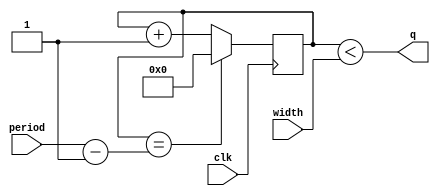
module pwm
  #(
      parameter MAX_WIDTH_BITDEPTH = 32
  )
  (
    input clk,
    input [MAX_WIDTH_BITDEPTH-1:0] width,
                        // pulse width of the active part of the duty cycle
                        //   (in clk ticks)
    input [MAX_WIDTH_BITDEPTH-1:0] period,
                        // full width of the duty cycle (in clk ticks)
    output q
  );

  reg [MAX_WIDTH_BITDEPTH-1:0] counter;

  always @(posedge clk) begin
    if (counter == (period-1)) begin
      counter <= 0;
    end else begin
      counter <= counter + 1;
    end
  end

  assign q = (counter < width);

endmodule